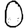
Digit: 0